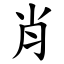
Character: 肖